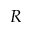
R